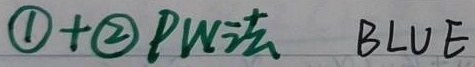
\textcircled{1} + \textcircled{2} PW法  BLUE